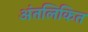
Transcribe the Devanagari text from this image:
अंतलिकित